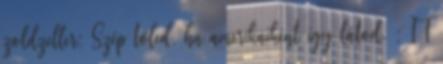
zoldzeller: Szép tőled, ha amerikaiként így látod. : IT